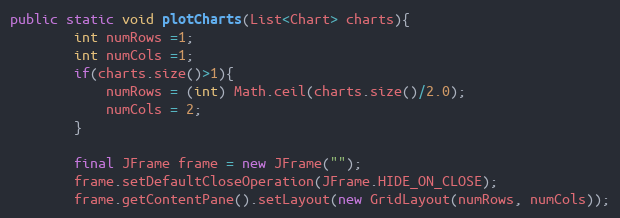
Language: Java
public static void plotCharts(List<Chart> charts){
		int numRows =1;
		int numCols =1;
		if(charts.size()>1){
			numRows = (int) Math.ceil(charts.size()/2.0);
			numCols = 2;
		}

	    final JFrame frame = new JFrame("");
	    frame.setDefaultCloseOperation(JFrame.HIDE_ON_CLOSE);
        frame.getContentPane().setLayout(new GridLayout(numRows, numCols));